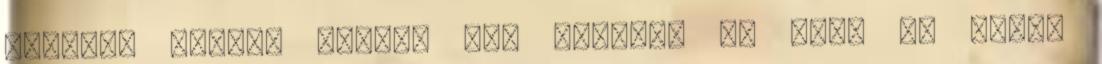
tönkre. Szóval pihenj egy kicsit, és kérd ki Zack,